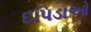
દપિડાઓ